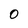
Character: 0